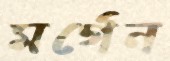
মর্গেন